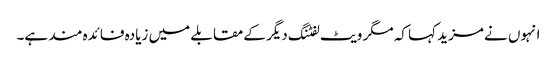
انہوں نے مزید کہا کہ مگر ویٹ لفٹنگ دیگر کے مقابلے میں زیادہ فائدہ مند ہے۔